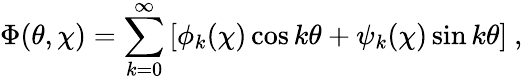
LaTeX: \Phi(\theta,\chi)=\sum_{k=0}^{\infty}\left[\phi_{k}(\chi)\cos k\theta+\psi_{k}(\chi)\sin k\theta\right]~,